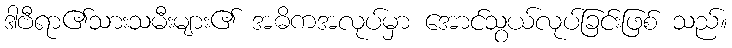
ဒါဗီရာ၏သားသမီးများ၏ အဓိကအလုပ်မှာ အောင်သွယ်လုပ်ခြင်းဖြစ် သည်။